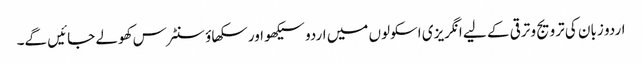
اردو زبان کی ترویج و ترقی کے لیے انگریزی اسکولوں میں اردو سیکھو اور سکھاؤ سنٹرس کھولے جائیں گے۔